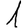
Digit: 1